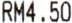
RM4.50